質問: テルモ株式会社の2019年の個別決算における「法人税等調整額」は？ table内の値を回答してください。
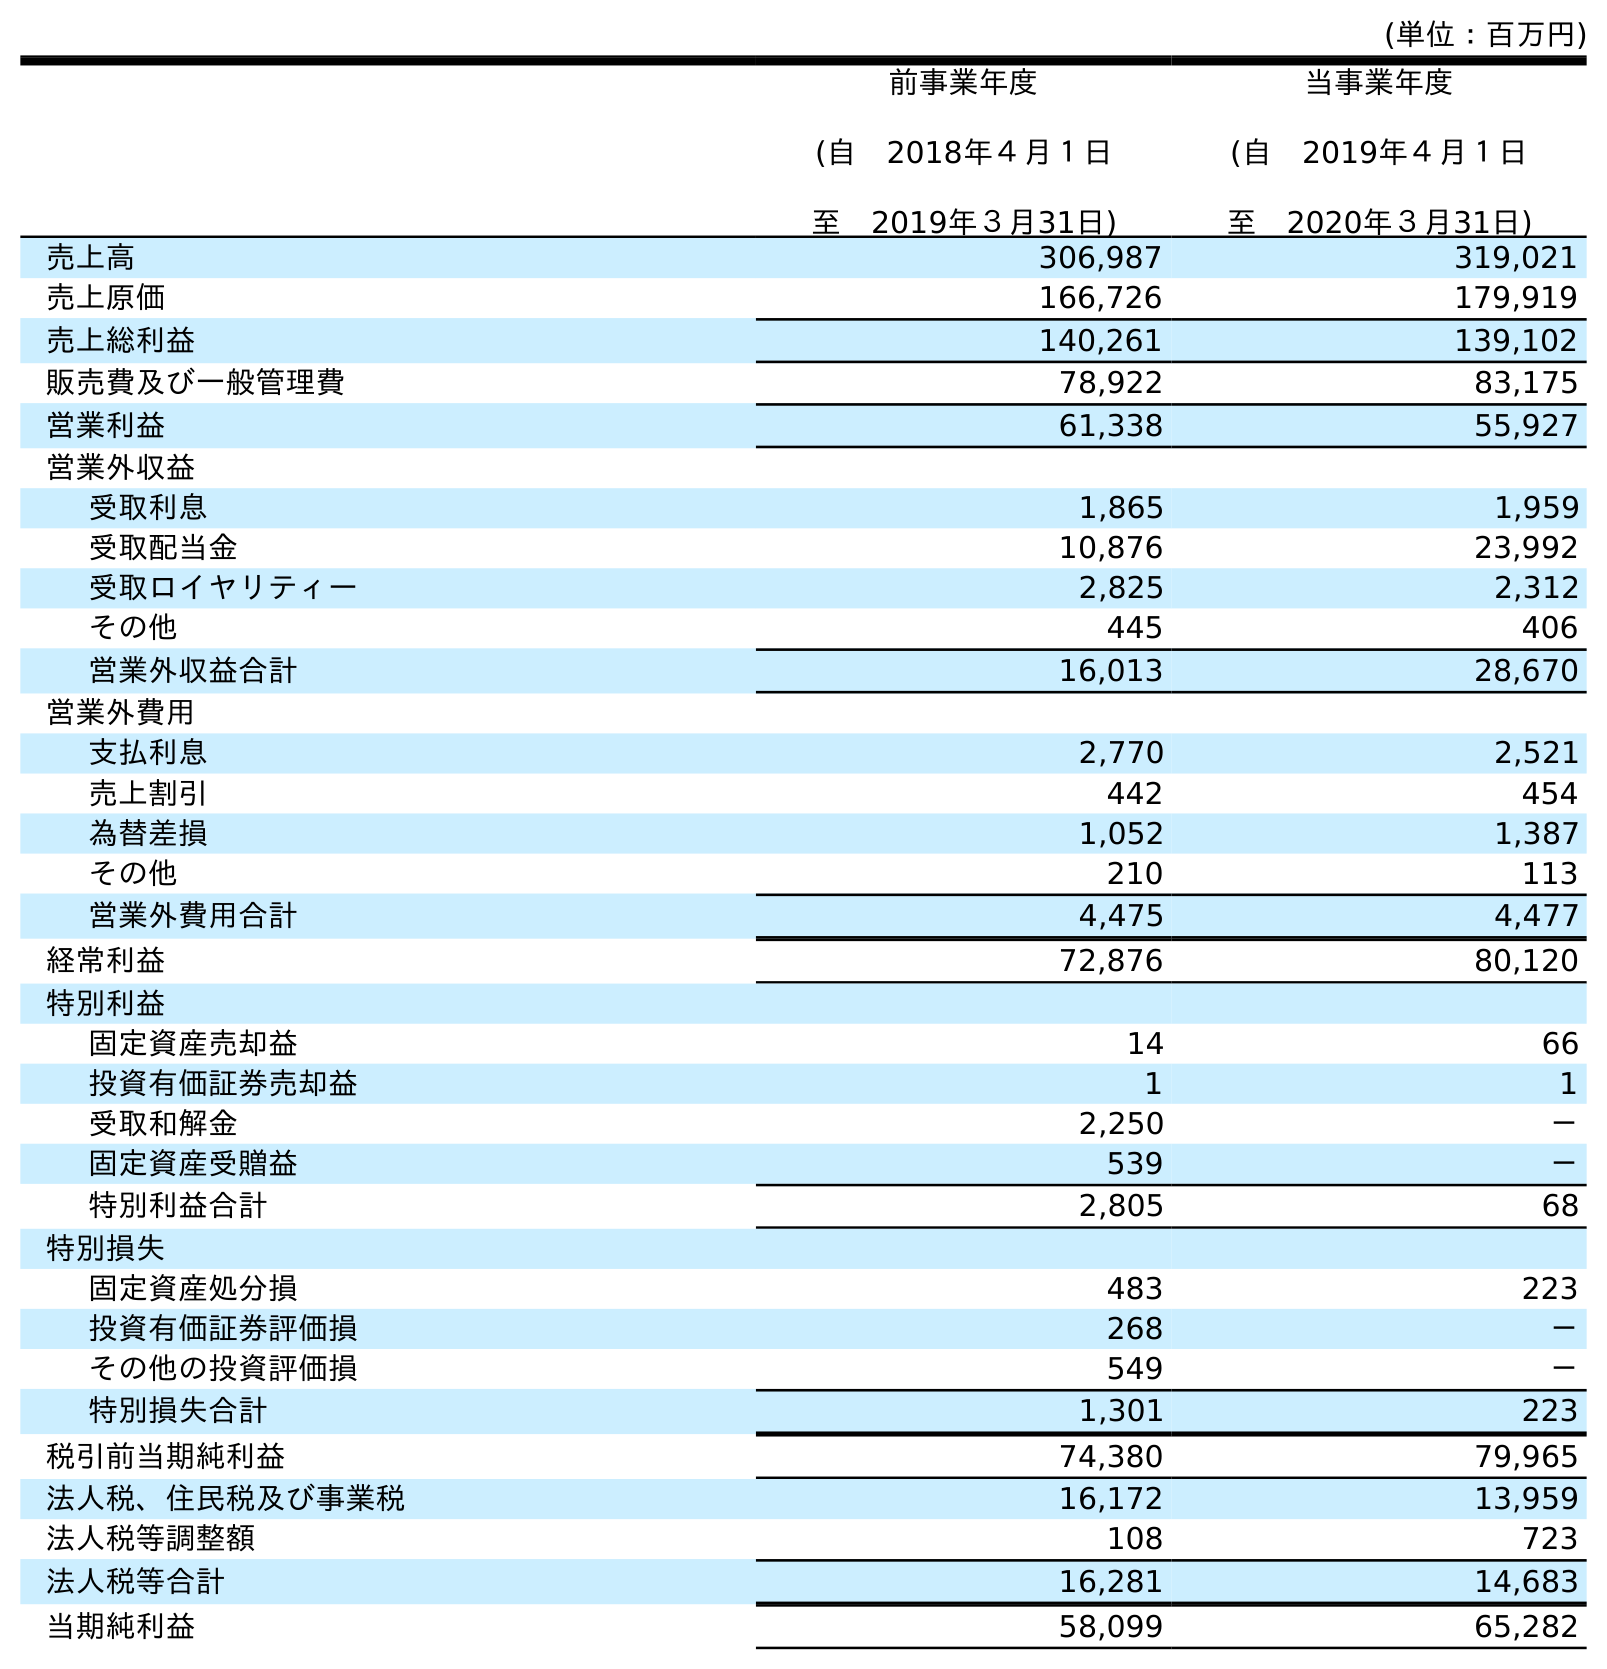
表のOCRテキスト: (単位：百万円) 前事業年度 (自 2018年４月１日 至 2019年３月31日) 当事業年度 (自 2019年４月１日 至 2020年３月31日) 売上高 306,987 319,021 売上原価 166,726 179,919 売上総利益 140,261 139,102 販売費及び一般管理費 78,922 83,175 営業利益 61,338 55,927 営業外収益 受取利息 1,865 1,959 受取配当金 10,876 23,992 受取ロイヤリティー 2,825 2,312 その他 445 406 営業外収益合計 16,013 28,670 営業外費用 支払利息 2,770 2,521 売上割引 442 454 為替差損 1,052 1,387 その他 210 113 営業外費用合計 4,475 4,477 経常利益 72,876 80,120 特別利益 固定資産売却益 14 66 投資有価証券売却益 1 1 受取和解金 2,250 － 固定資産受贈益 539 － 特別利益合計 2,805 68 特別損失 固定資産処分損 483 223 投資有価証券評価損 268 － その他の投資評価損 549 － 特別損失合計 1,301 223 税引前当期純利益 74,380 79,965 法人税、住民税及び事業税 16,172 13,959 法人税等調整額 108 723 法人税等合計 16,281 14,683 当期純利益 58,099 65,282
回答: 108